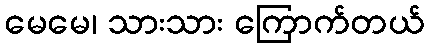
မေမေ၊ သားသား ကြောက်တယ်